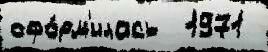
офо́рм'илась  1971